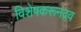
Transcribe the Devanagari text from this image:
विशेषकरूनद्रव